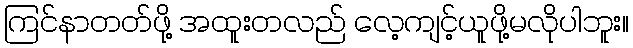
ကြင်နာတတ်ဖို့ အထူးတလည် လေ့ကျင့်ယူဖို့မလိုပါဘူး။